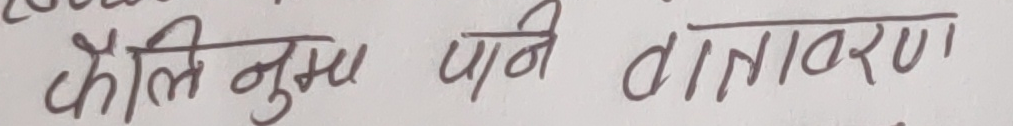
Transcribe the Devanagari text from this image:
कैली नुस्का पानी वातावरण